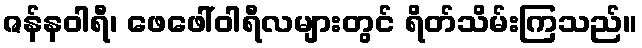
ဇန်နဝါရီ၊ ဖေဖေါ်ဝါရီလများတွင် ရိတ်သိမ်းကြသည်။